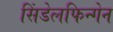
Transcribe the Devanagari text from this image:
सिंडेलफिन्गेन